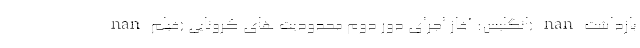
nan انگلیس: آغاز اجرای دور دوم محدودیت های کرونایی (فیلم) nan بازداشت